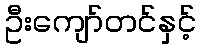
ဦးကျော်တင်နှင့်